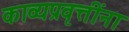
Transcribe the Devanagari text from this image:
काव्यप्रवृत्तींना